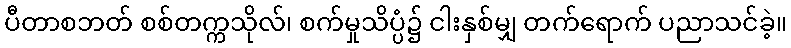
ပီတာစဘတ် စစ်တက္ကသိုလ်၊ စက်မှုသိပ္ပံ၌ ငါးနှစ်မျှ တက်ရောက် ပညာသင်ခဲ့။